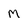
Character: M